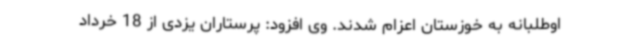
اوطلبانه به خوزستان اعزام شدند. وی افزود: پرستاران یزدی از 18 خرداد